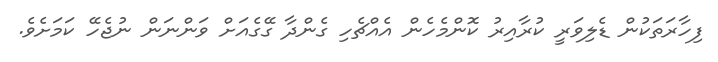
ފިހާރަތަކުން ޑެލިވަރީ ކުރާއިރު ކޮންމެހެން އެއްޗެހި ގެންދާ ގޭގެއަށް ވަންނަން ނުޖެހޭ ކަމަށެވެ.